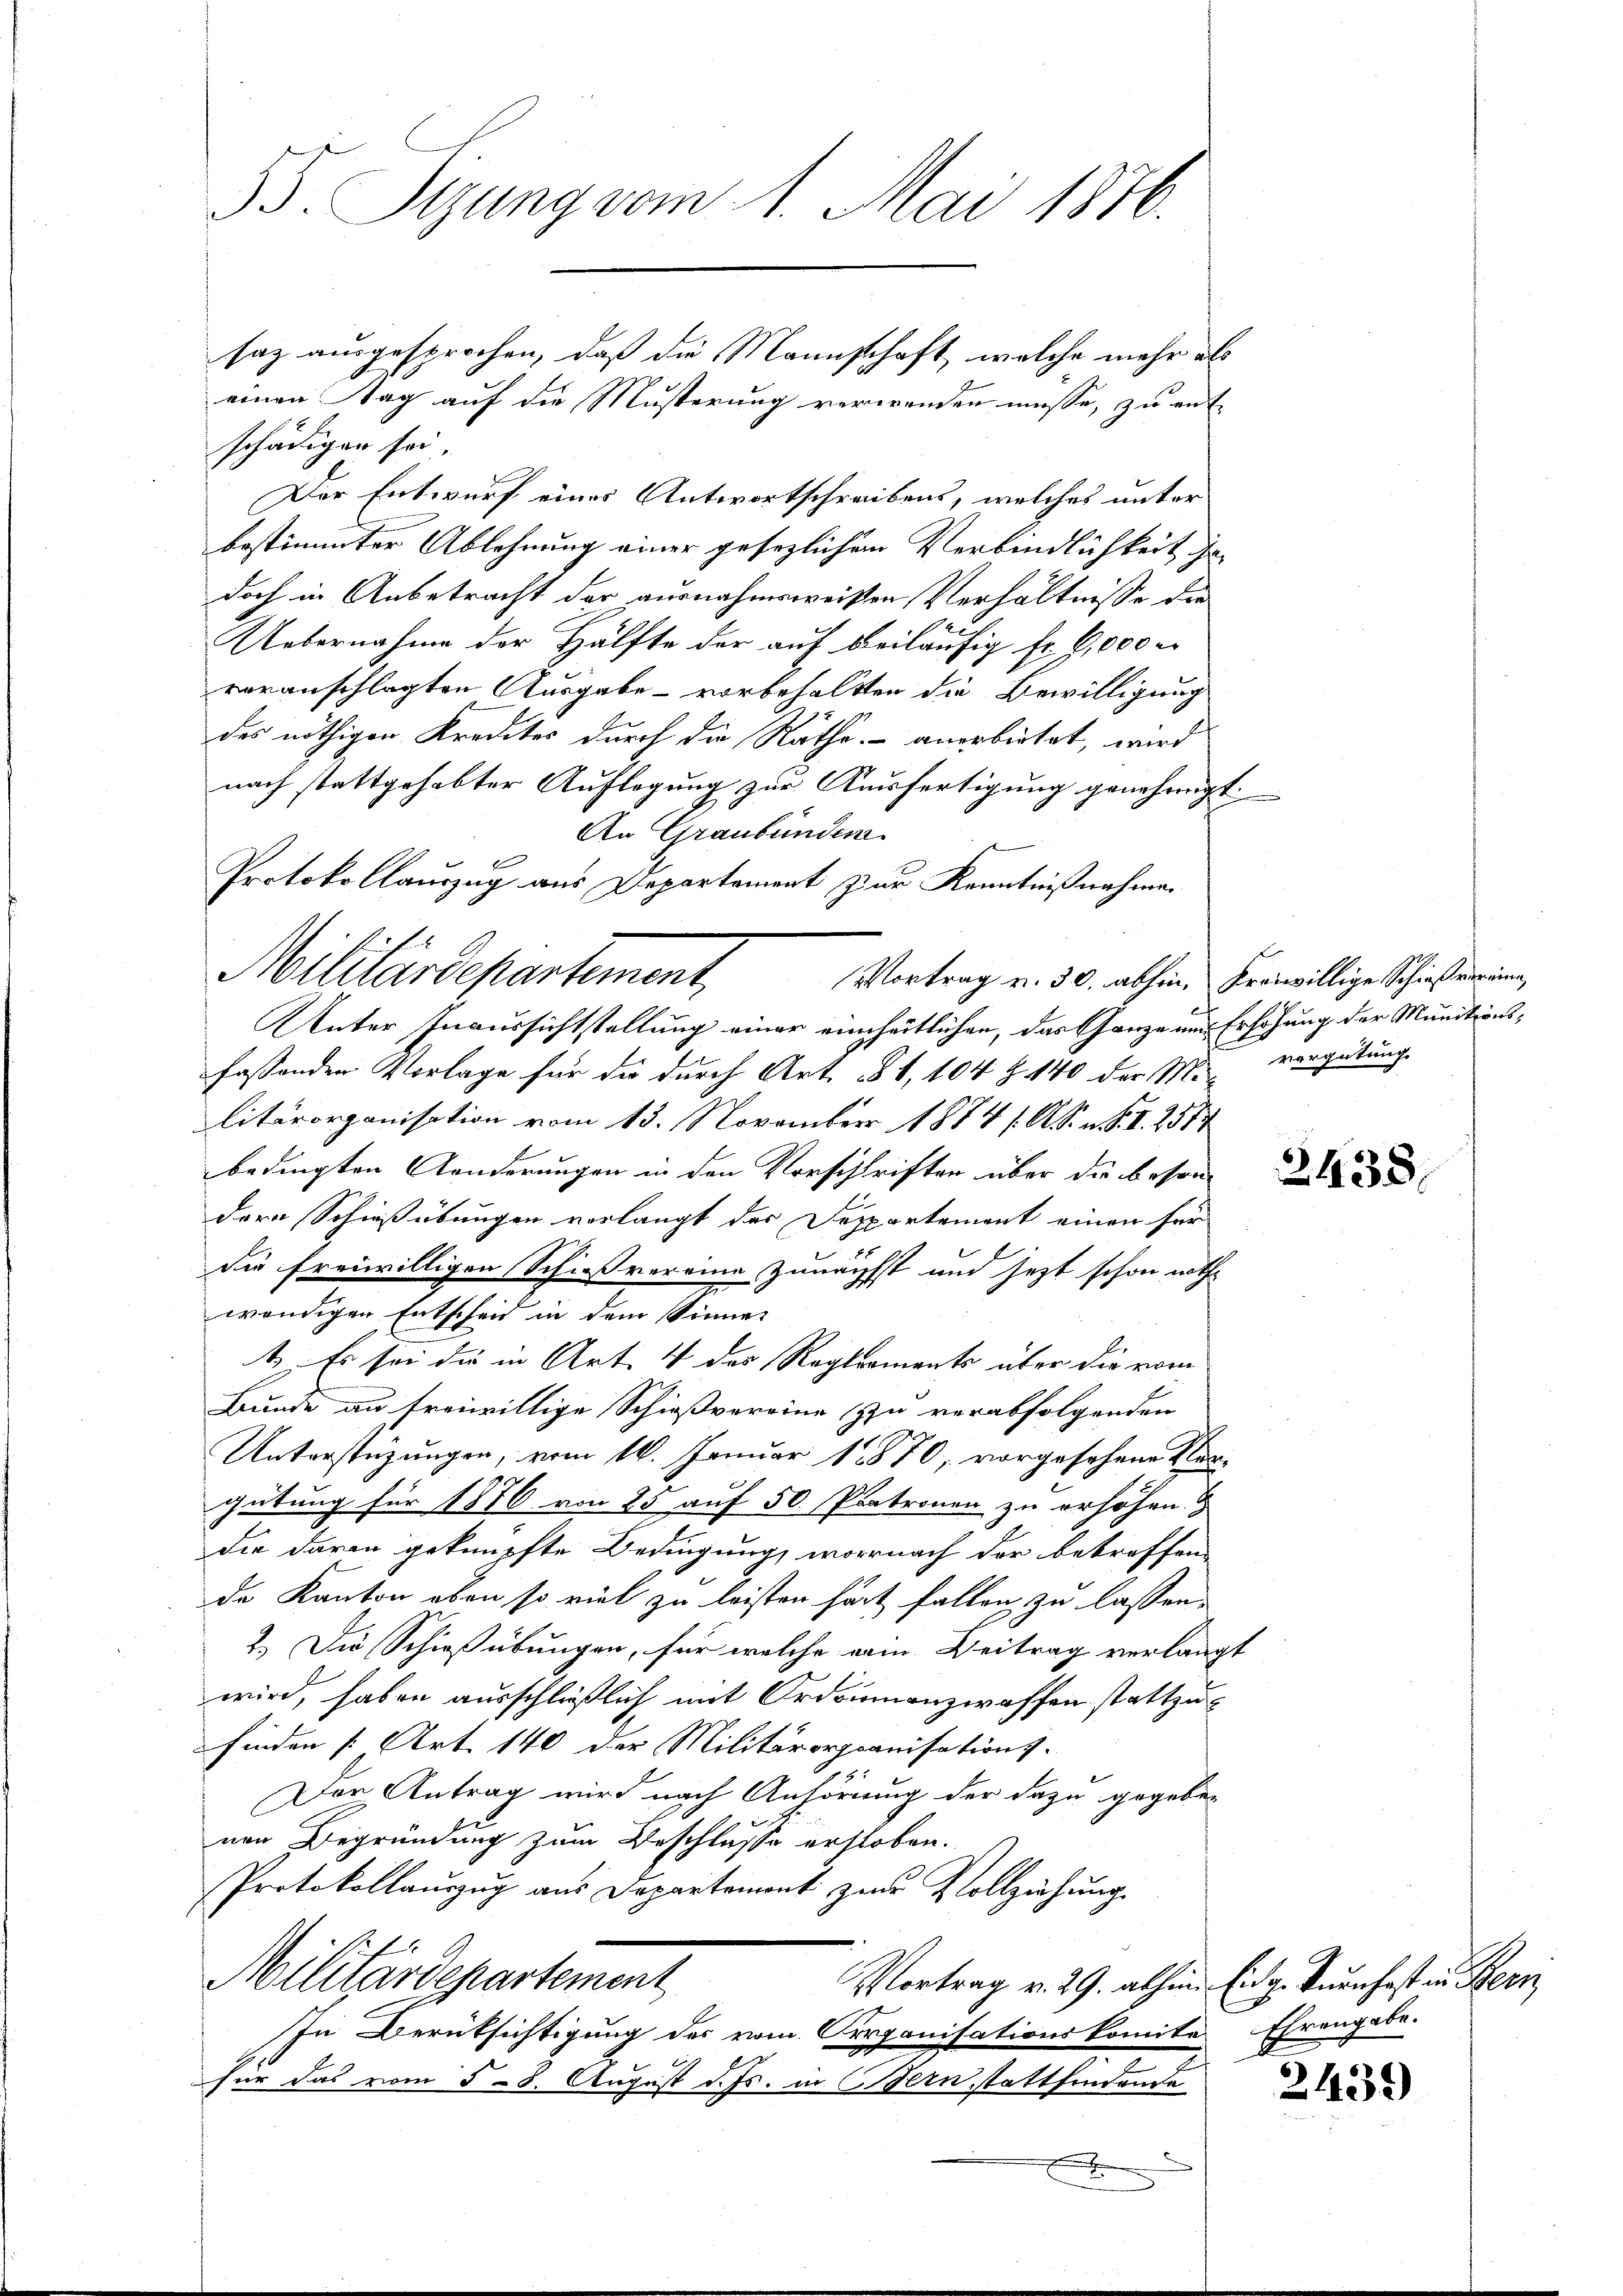
55. Sizung vom 1. Mai 1876.

saz ausgesprochen, daß die Mannschaft, welche mehr als
einen Tag auf die Musterung verwenden müsse, zu ent-
schädigen sei.
Der Entwurf eines Antwortschreibens, welches unter
bestimmter Ablehnung einer gesezlichem Verbindlichkeit ja
doch in Anbetracht der ausnahmsweisen Verhältnisse der
Uebernahme der Hälfte der auf beiläufig fr. 6,000 r
voranschlagten Ausgabe - vorbehaltten die Bewilligung
des nöthigen Kredites durch die Räthe anerbietet, wird
nach stattgehabter Auflagung zur Ausfertigung genehmigt.
Vortrag v. 30. abhin, Freiwillige Schießvereine
Unter Inaussichtstellung einer einheitlichen, das Ganze und Erhöhung der Munitionsfassenden Vorlage für die durch Art. 51, 104 Z. 140 der M. vergütung
litärorganisation vom 13. November 1884 / A. S. n. F. II. 284
bedingten Anderungen in den Vorschriften über die besonde
dere Schießübungen verlangt der Departement einen für
die freiwilligen Schießvereine zunächst und jetzt schon nothwendigen Entscheid in dem Sinner
t. Es sei die in Art. 4 der Reglements über die vom
Bunde an freiwillige Schießvereine zu verabfolgenden
Unterstüzungen, vom 16. Januar 1870, vorgesehene Vergütung für 1876 von 25 auf 50. Patronen zu erhöhen
die daran geknüpfte Bedingung, wornach der betreffen
de Kanton oben so viel zu leisten hat fallen zu lassen.
2.) Die Schießübungen, für welche ein Beitrag verlangt
wird, haben ausschließlich mit Ordnumenzwaffen stattzufinden [Art. 140 der Militärorganisations-
Der Antrag wird nach Anhörung der dazu gegeben
nen Begründung zum Beschlusse erstoben.
Protokollauszug aus Departement zur Vollziehung
Militärdepartement
Vortrag v. 29. abhin Eidg. Kurnhaft in Bern,
In Berüksichtigung des vom Corganisationskomite Ehrengabe.
für das vom 58. August d. Js. in Bern stattfindende

E

An Graubünden
Protokollauszug aus Departement zur Kenntnißnahmen
Militärdepartement,

u

3438.

2439)